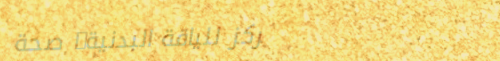
مركز للياقة البدنية: صحة